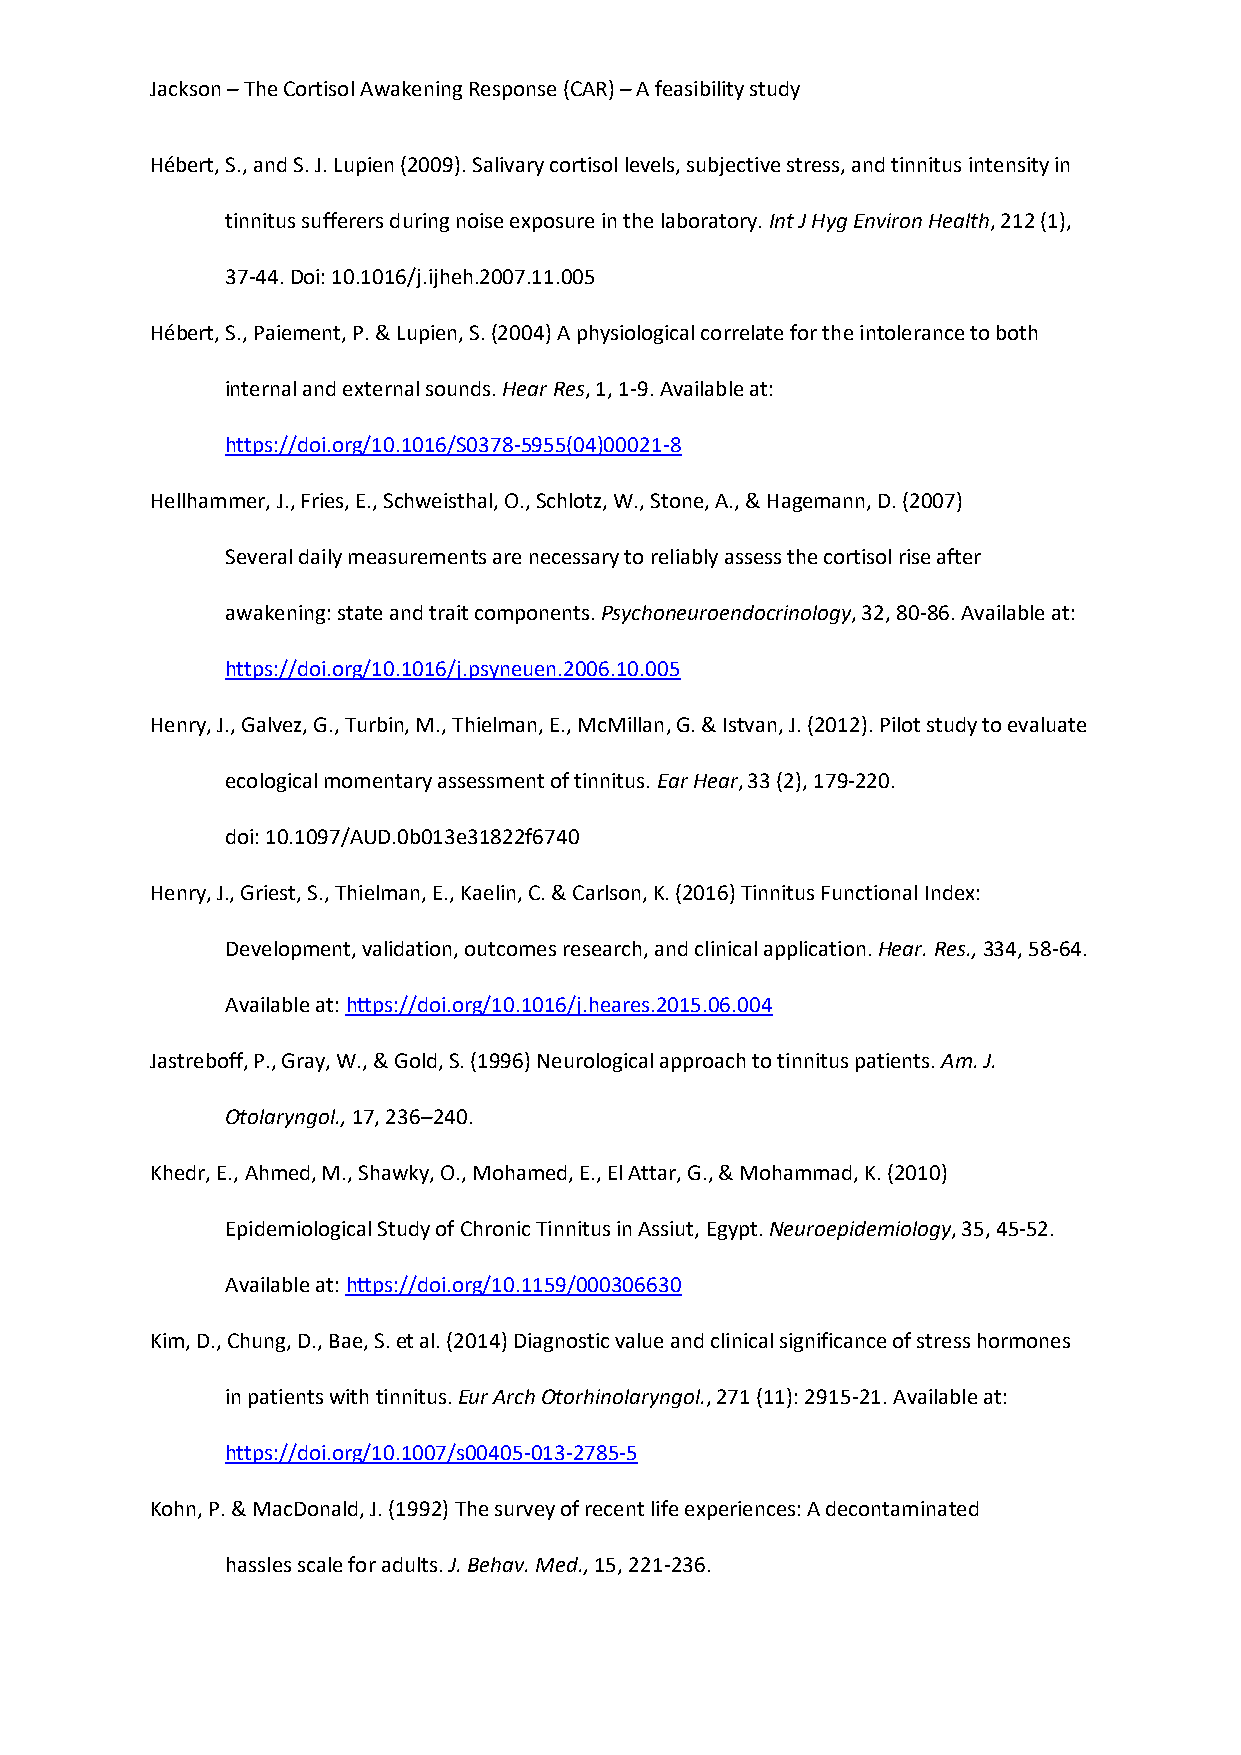
Jackson – The Cortisol Awakening Response (CAR) – A feasibility study
 Hébert, S., and S. J. Lupien (2009). Salivary cortisol levels, subjective stress, and tinnitus intensity in
 tinnitus sufferers during noise exposure in the laboratory. Int J Hyg Environ Health, 212 (1),
 37-44. Doi: 10.1016/j.ijheh.2007.11.005
 Hébert, S., Paiement, P. & Lupien, S. (2004) A physiological correlate for the intolerance to both
 internal and external sounds. Hear Res, 1, 1-9. Available at:
 https://doi.org/10.1016/S0378-5955(04)00021-8
 Hellhammer, J., Fries, E., Schweisthal, O., Schlotz, W., Stone, A., & Hagemann, D. (2007)
 Several daily measurements are necessary to reliably assess the cortisol rise after
 awakening: state and trait components. Psychoneuroendocrinology, 32, 80-86. Available at:
 https://doi.org/10.1016/j.psyneuen.2006.10.005
 Henry, J., Galvez, G., Turbin, M., Thielman, E., McMillan, G. & Istvan, J. (2012). Pilot study to evaluate
 ecological momentary assessment of tinnitus. Ear Hear, 33 (2), 179-220.
 doi: 10.1097/AUD.0b013e31822f6740
 Henry, J., Griest, S., Thielman, E., Kaelin, C. & Carlson, K. (2016) Tinnitus Functional Index:
 Development, validation, outcomes research, and clinical application. Hear. Res., 334, 58-64.
 Available at: https://doi.org/10.1016/j.heares.2015.06.004
 Jastreboff, P., Gray, W., & Gold, S. (1996) Neurological approach to tinnitus patients. Am. J.
 Otolaryngol., 17, 236–240.
 Khedr, E., Ahmed, M., Shawky, O., Mohamed, E., El Attar, G., & Mohammad, K. (2010)
 Epidemiological Study of Chronic Tinnitus in Assiut, Egypt. Neuroepidemiology, 35, 45-52.
 Available at: https://doi.org/10.1159/000306630
 Kim, D., Chung, D., Bae, S. et al. (2014) Diagnostic value and clinical significance of stress hormones
 in patients with tinnitus. Eur Arch Otorhinolaryngol., 271 (11): 2915-21. Available at:
 https://doi.org/10.1007/s00405-013-2785-5
 Kohn, P. & MacDonald, J. (1992) The survey of recent life experiences: A decontaminated
 hassles scale for adults. J. Behav. Med., 15, 221-236.